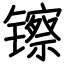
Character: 镲